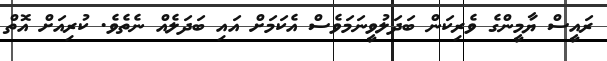
ރައީސް ޔާމީންގެ ވެރިކަން ބަދަލުވީނަމަވެސް އެކަމަށް އައި ބަދަލެއް ނެތެވެ. ކުރިއަށް އޮތް